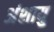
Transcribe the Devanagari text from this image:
अंशायु